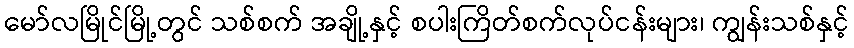
မော်လမြိုင်မြို့တွင် သစ်စက် အချို့နှင့် စပါးကြိတ်စက်လုပ်ငန်းများ၊ ကျွန်းသစ်နှင့်